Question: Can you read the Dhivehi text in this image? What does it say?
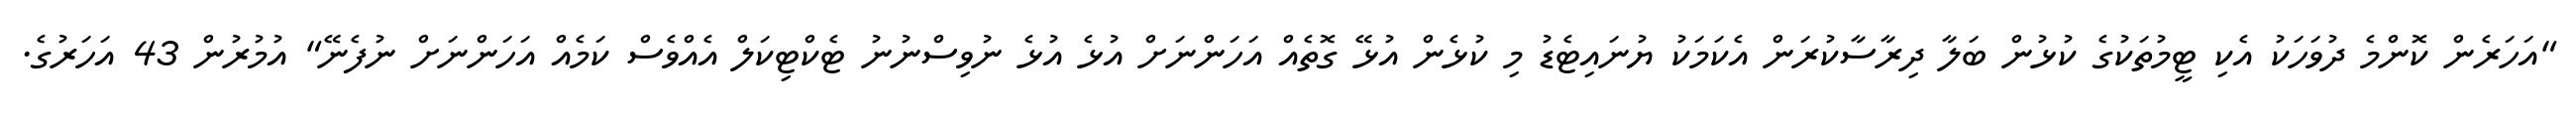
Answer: "އަހަރެން ކޮންމެ ދުވަހަކު އެކި ޓީމުތަކުގެ ކުޅުން ބަލާ ދިރާސާކުރަން އެކަމަކު ޔުނައިޓެޑު މި ކުޅެން އުޅޭ ގޮތެއް އަހަންނަށް އުޅެ އުޅެ ނުވިސްނުނު ޓެކްޓިކަލް އެއްވެސް ކަމެއް އަހަންނަށް ނުފެނޭ" އުމުރުން 43 އަހަރުގެ.